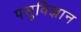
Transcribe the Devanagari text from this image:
पसुविज्ञान